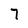
Character: 7